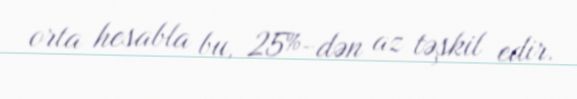
orta hesabla bu, 25%-dən az təşkil edir.